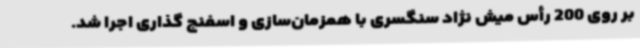
بر روی 200 رأس میش نژاد سنگسری با همزمان‌سازی و اسفنج گذاری اجرا شد.